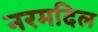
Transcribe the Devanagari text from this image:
नरमदिल